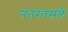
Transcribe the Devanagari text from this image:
नंतरवसले